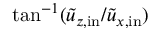
\tan ^ { - 1 } ( \Tilde { u } _ { z , \mathrm { i n } } / \Tilde { u } _ { x , \mathrm { i n } } )